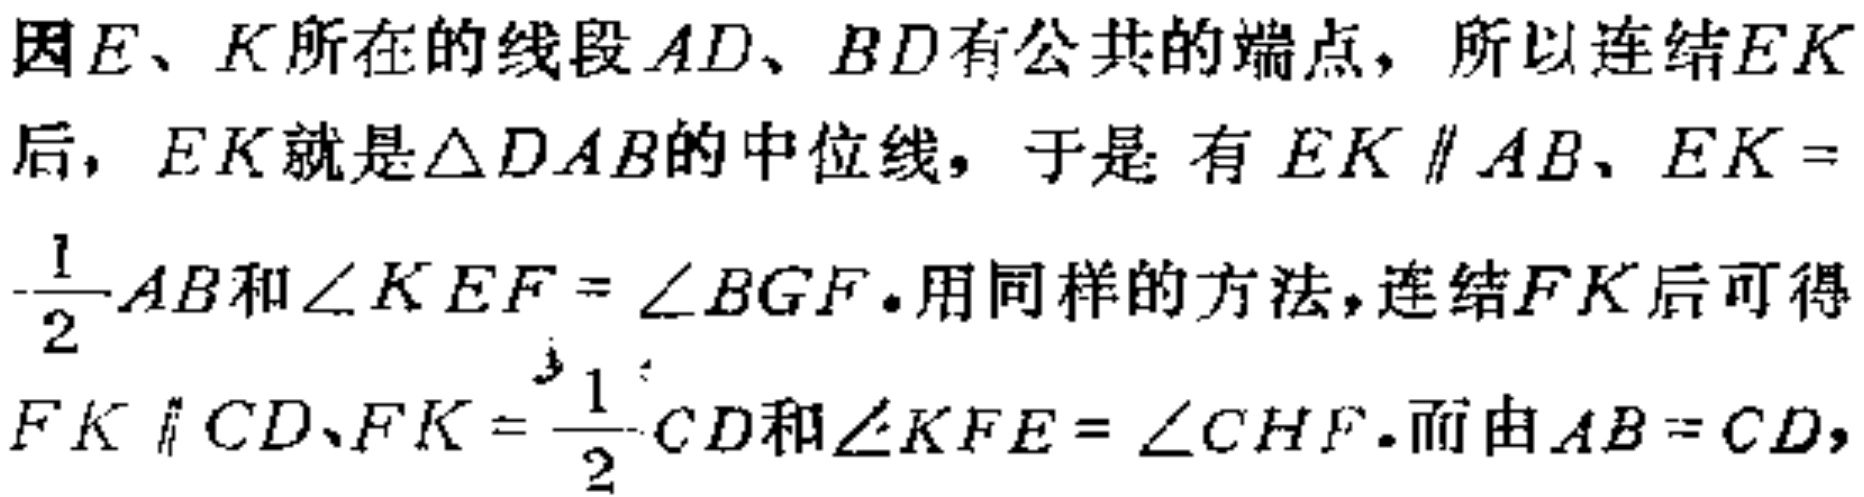
因\(E\)、\(K\)所在的线段\(AD\)、\(BD\)有公共的端点，所以连结\(EK\)后，\(EK\)就是\(\triangle DAB\)的中位线，于是有\(EK \parallel AB\)、\(EK = \frac{1}{2}AB\)和\(\angle KEF = \angle BGF\)。用同样的方法，连结\(FK\)后可得\(FK \parallel CD\)、\(FK = \frac{1}{2}CD\)和\(\angle KFE = \angle CHF\)。而由\(AB = CD\)，